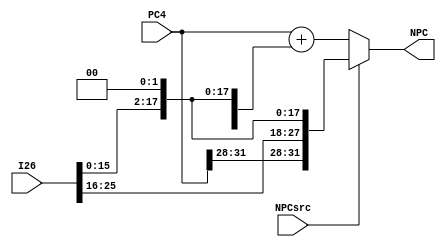
`timescale 1ns / 1ps
//////////////////////////////////////////////////////////////////////////////////
// Company: 
// Engineer: 
// 
// Design Name: 
// Module Name:    npc_D 
// Project Name: 
// Target Devices: 
// Tool versions: 
// Description: 
//
// Dependencies: 
//
// Revision: 
// Revision 0.01 - File Created
// Additional Comments: 
//
//////////////////////////////////////////////////////////////////////////////////
module npc_D(
    input NPCsrc,
    input [31:0] PC4,
    input [25:0] I26,
    output [31:0] NPC
    );
	 // 1j,0
	 assign NPC = (NPCsrc==1) ? {PC4[31:28],I26[25:0],2'b00} : (PC4 + {{14{I26[15]}},I26[15:0],2'b00});
	 
endmodule